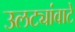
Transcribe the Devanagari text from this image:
उलट्यांवाटे